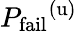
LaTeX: {P_{\mathrm{fail}}}^{(\mathrm{u})}